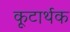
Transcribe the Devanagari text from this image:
कूटार्थक